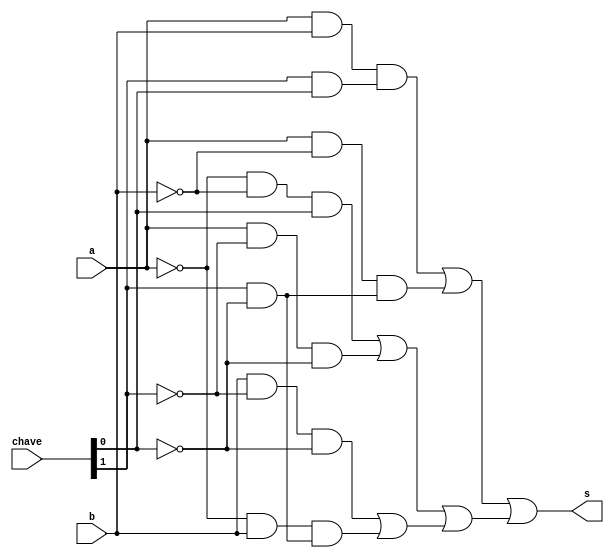
// -------------------------
// Exemplo0034 - F4
// Nome: TIAGO MATTA MACHADO ZAIDAN
// -------------------------
// -------------------------
// f4_gate
// -------------------------

module f1 (output s,
input  a,
input  b,
input [1:0] chave);

wire c0,c1,c2,c3,c4,c5,chave22,chave11,aa,bb,temp0,temp1,temp2,temp3a,temp3b,temp4a,temp4b,temp5a,temp5b,temp6,temp7,temp8,temp9;

not not1 (aa,a);
not not2 (bb,b);
not not3 (chave22,chave[1]);
not not4 (chave11,chave[0]);

and and1 (temp0,aa,bb);
and and1a (c0,temp0,chave[0]);

and and2 (temp1,a,chave22);
and and2a (c1,temp1,chave11);

and and3 (temp2,b,chave22);
and and3a (c2,temp2,chave11);

and and4 (temp3a,aa,b);
and and4a (temp3b,chave[1],chave11);
and and4b (c3,temp3a,temp3b);

and and5  (temp4a,a,b);
and and5a (temp4b,chave[1],chave[0]);
and and5b (c4,temp4a,temp4b);

and and6  (temp5a,a,bb);
and and6a (temp5b,chave[1],chave11);
and and6b (c5,temp5a,temp5b);

or or1   (temp6,c0,c1);
or or2   (temp7,c2,c3);
or or3   (temp8,c4,c5);

or or4   (temp9,temp6,temp7);
or or5   (s,temp8,temp9);

endmodule // f4

module test_f1;
// ------------------------- definir dados
reg  x0,x1,x2,x3;
reg  y0,y1,y2,y3;

wire z0,z1,z2,z3;

reg  [1:0]chave1;
reg  [1:0]chave2;
reg  [1:0]chave3;
reg  [1:0]chave4;

f1  OR    (z0, x0, y0,chave1);
f1  NOR   (z1, x1, y1,chave2);
f1  XOR   (z2, x2, y2,chave3);
f1  XNOR  (z3, x3, y3,chave4);

// ------------------------- parte principal
initial begin
$display("Exemplo0034 - TIAGO MATTA MACHADO ZAIDAN - 451620");
$display("Test LU's module");
x0 = 1; y0 = 0;
x1 = 1; y1 = 0;
x2 = 1; y2 = 0;
x3 = 1; y3 = 0;

chave1 = 2'b00;
chave2 = 2'b01;
chave3 = 2'b10;
chave4 = 2'b11;

// projetar testes do modulo

#1 $display("chave = %2b  -->  %b   or    %b    = %b",chave1,x0,y0,z0);

#1 $display("chave = %2b  -->  %b   nor    %b   = %b",chave2,x1,y1,z1);

#1 $display("chave = %2b  -->  %b   xor    %b   = %b",chave3,x2,y2,z2);

#1 $display("chave = %2b  -->  %b   xnor   %b   = %b",chave4,x3,y3,z3);
end
endmodule // test_f